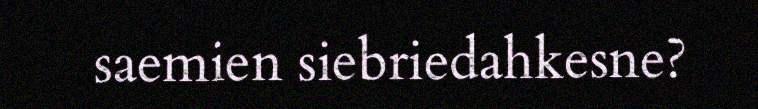
saemien siebriedahkesne?